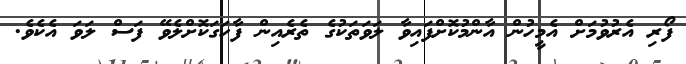
ފޯރި އެރުވުމަށް އެމީހުން އާންމުކޮށްފައިވާ ލަވަތަކުގެ ތެރެއިން ފާހަގަކޮށްލެވޭ ފަސް ލަވަ އެކެވެ.